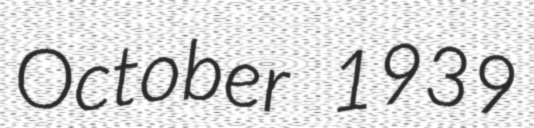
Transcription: October 1939